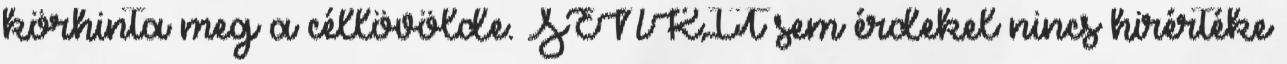
körhinta meg a céllövölde. SENKIT sem érdekel nincs hirértéke